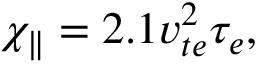
\chi _ { \parallel } = 2 . 1 v _ { t e } ^ { 2 } \tau _ { e } ,